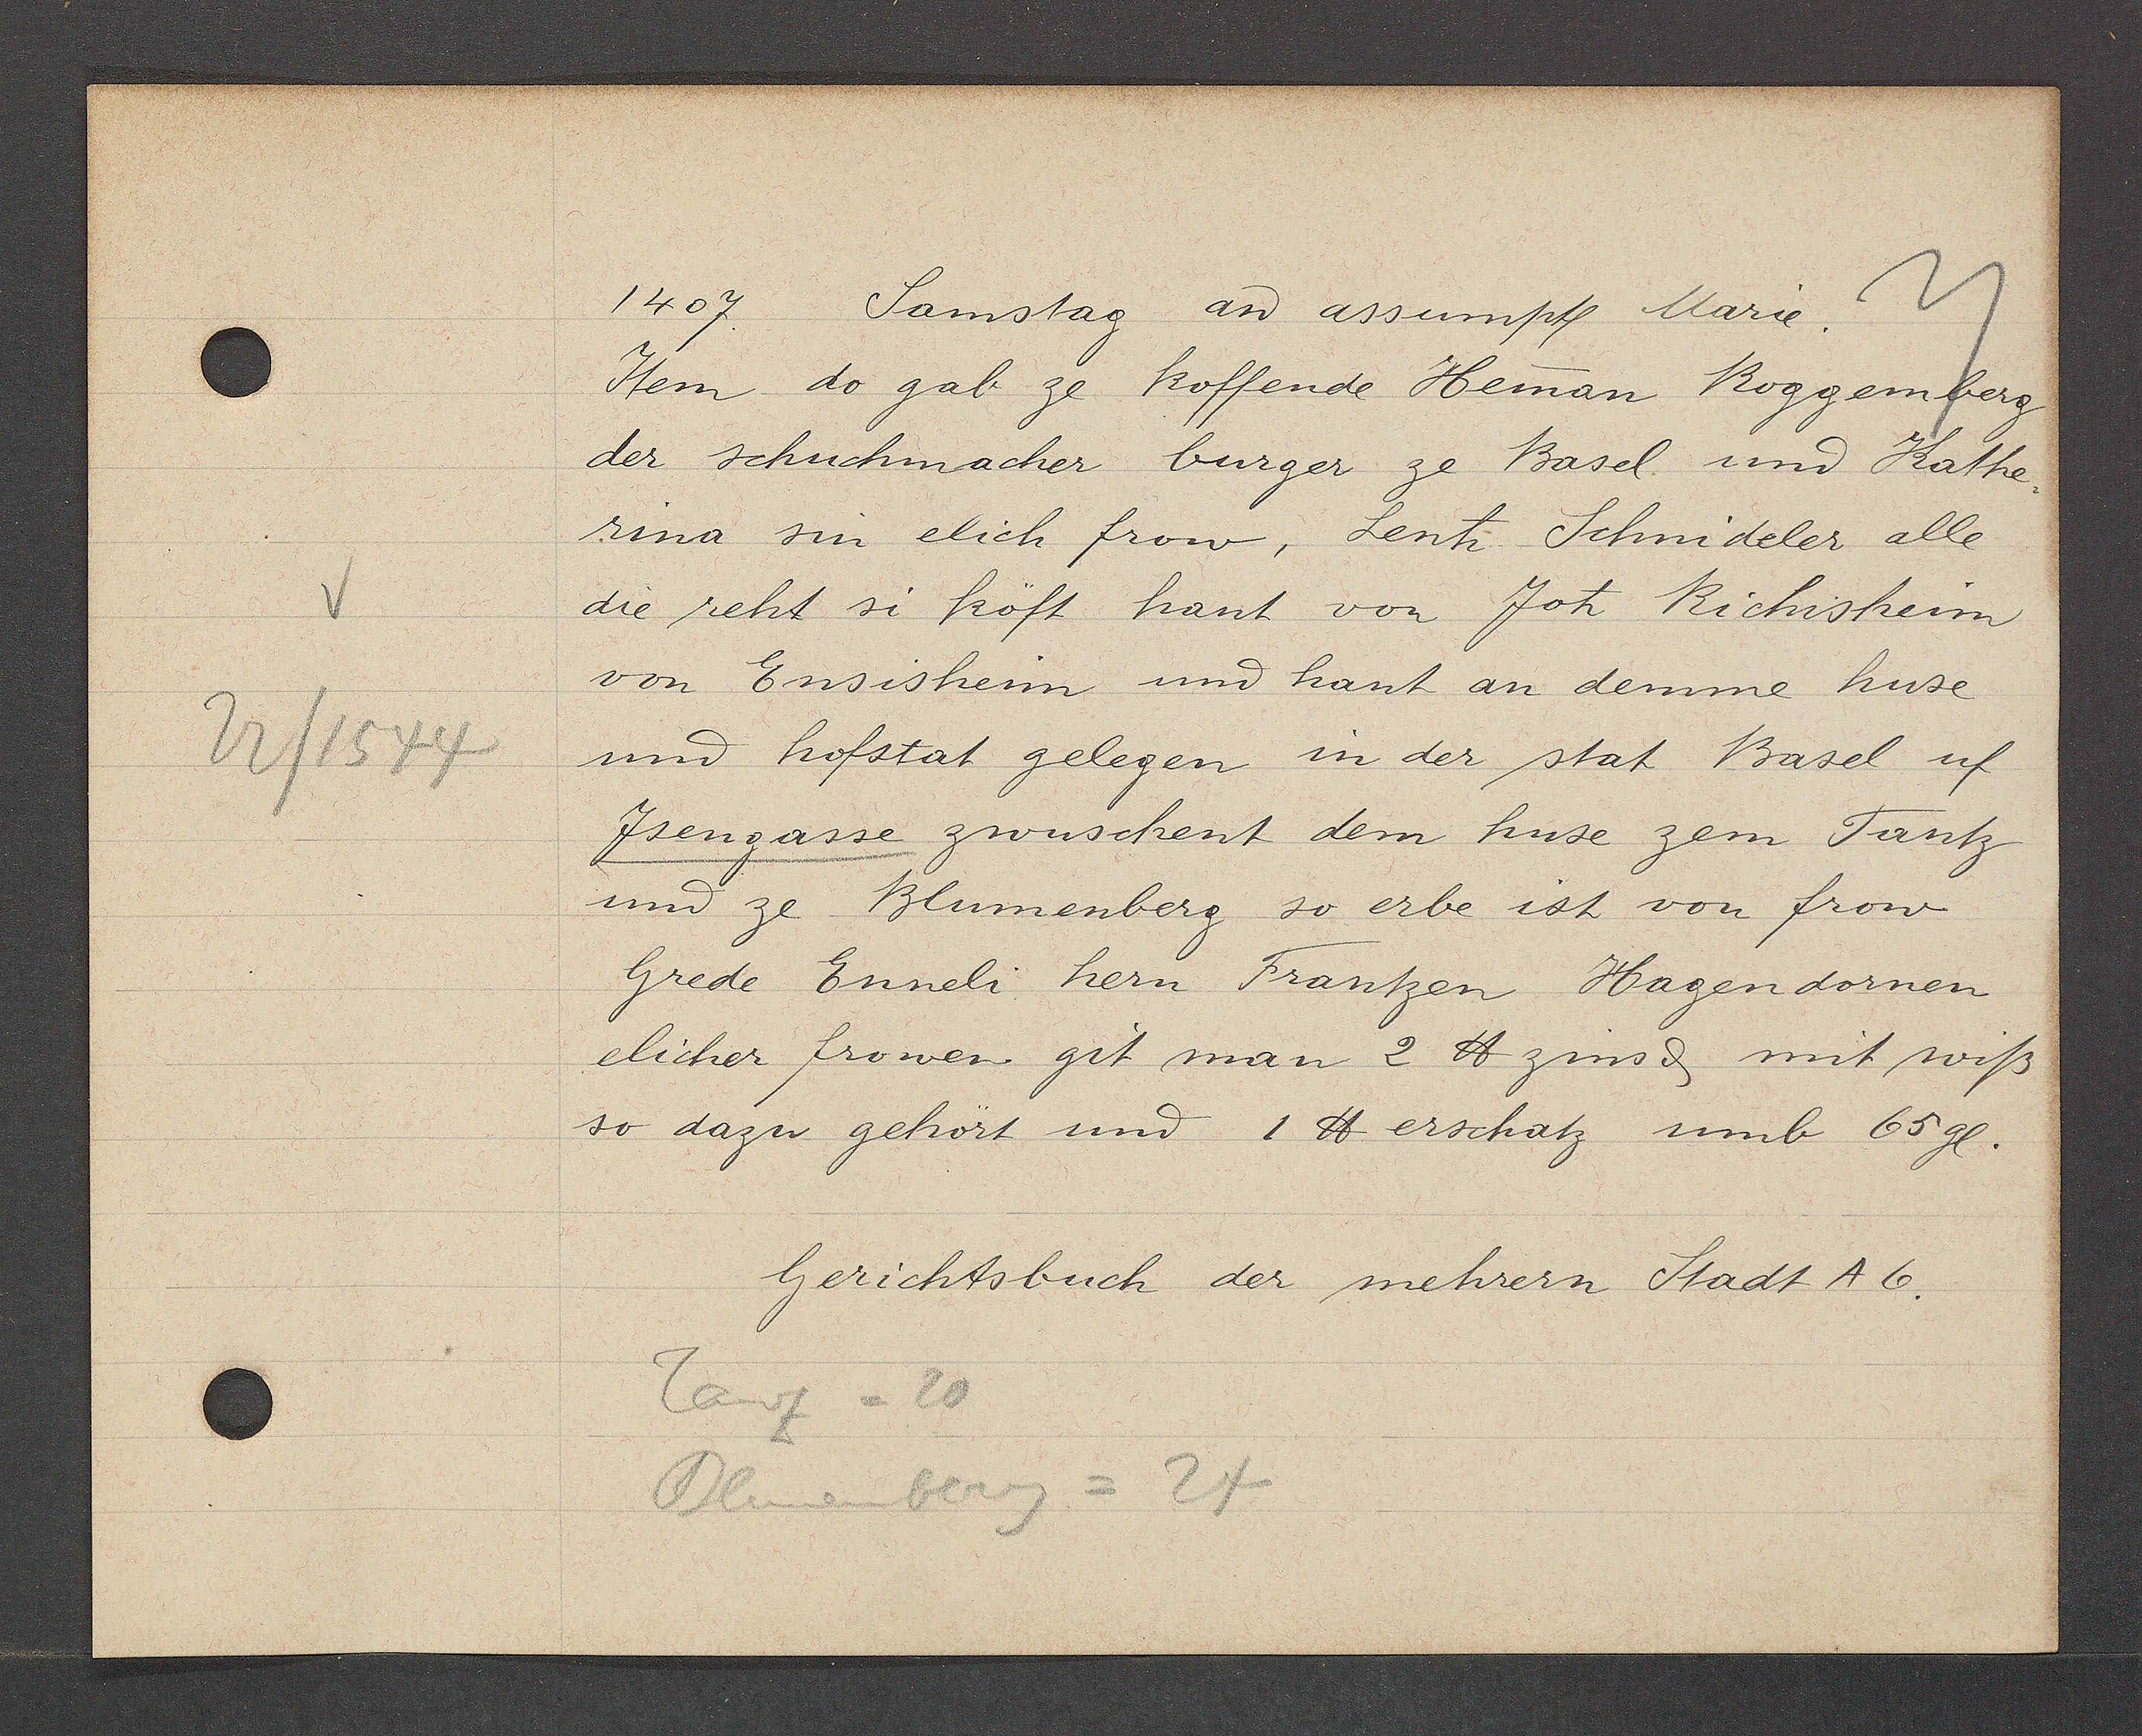
Transcript:
22/1544

1407. Samstag aȵ assumpȶ Marie
Item do gab ze koffende Hemman Roggemberg
der schuchmacher burger ze Basel und Kathe-
rina sin elich frow, Lenh Schmideler alle
die reht si köft hant von Joh Richisheim
von Ensisheim und hant an demme huse
und hofstat gelegen in der stat Basel uf
Jsengasse zwuschent dem huse zem Tantz
und ze Blumenberg so erbe ist von frow
Grede Enneli hern Frantzen Hagendornen
elicher frowen git man 2 lb zins d mit wiß
so dazu gehört und 1 ℔ erschatz umb 65gl.
Gerichtsbuch der mehrern Stadt A6.
Tanz =20
Blumenberg = 24